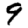
Digit: 9